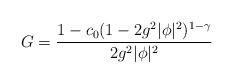
LaTeX: \begin{align*}G={1 -c_0(1-2g^2|\phi|^2)^{1-\gamma} \over 2g^2|\phi|^2}\end{align*}